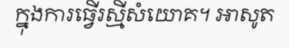
ក្នុងការធ្វើរស្មីសំយោគ។ អាសូត